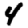
Digit: 4